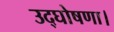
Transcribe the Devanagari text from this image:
उद्घोषणा।